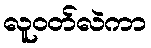
လူဝတ်လဲကာ